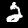
Label: 2